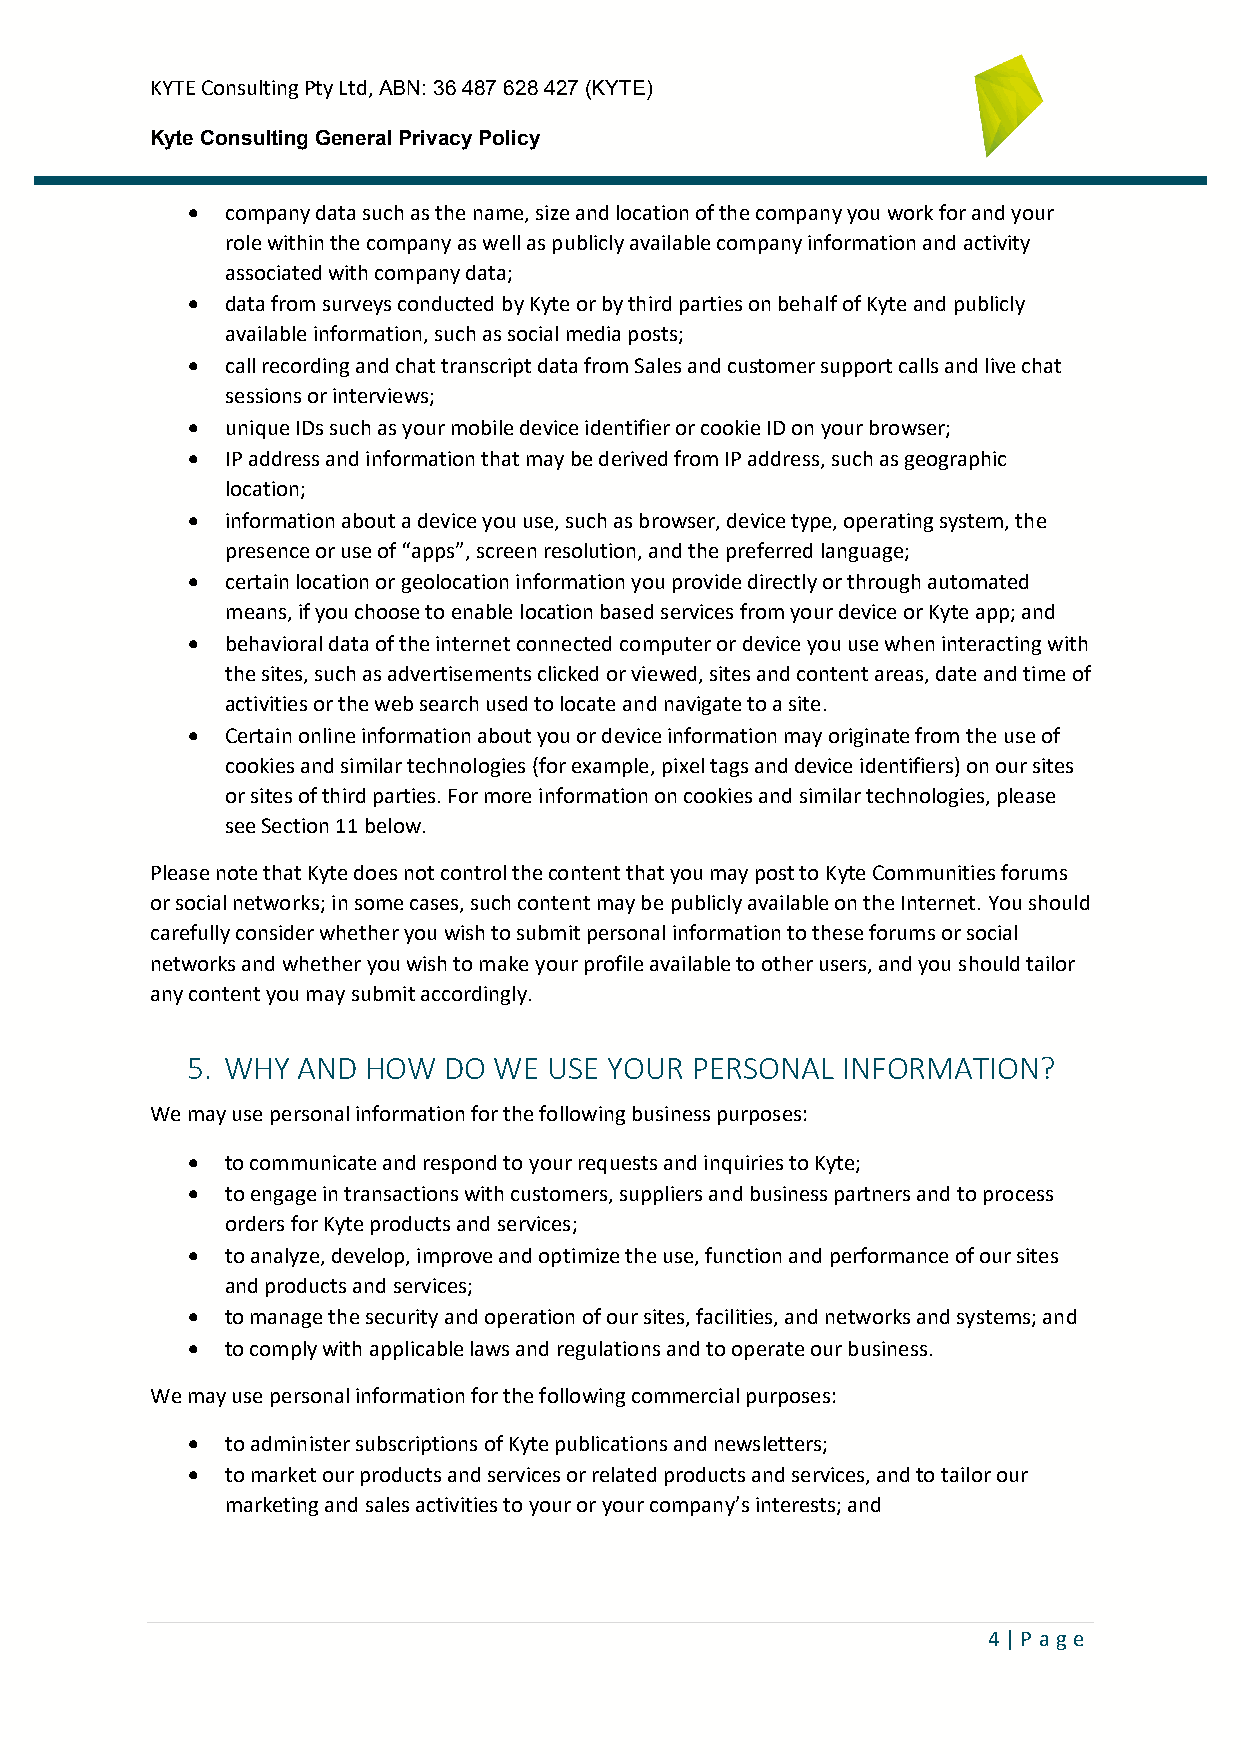
KYTE Consulting Pty Ltd, ABN: 36 487 628 427 (KYTE)
 Kyte Consulting General Privacy Policy
 •  company data such as the name, size and location of the company you work for and your
 role within the company as well as publicly available company information and activity
 associated with company data;
 •  data from surveys conducted by Kyte or by third parties on behalf of Kyte and publicly
 available information, such as social media posts;
 •  call recording and chat transcript data from Sales and customer support calls and live chat
 sessions or interviews;
 •  unique IDs such as your mobile device identifier or cookie ID on your browser;
 •  IP address and information that may be derived from IP address, such as geographic
 location;
 •  information about a device you use, such as browser, device type, operating system, the
 presence or use of “apps”, screen resolution, and the preferred language;
 •  certain location or geolocation information you provide directly or through automated
 means, if you choose to enable location based services from your device or Kyte app; and
 •  behavioral data of the internet connected computer or device you use when interacting with
 the sites, such as advertisements clicked or viewed, sites and content areas, date and time of
 activities or the web search used to locate and navigate to a site.
 •  Certain online information about you or device information may originate from the use of
 cookies and similar technologies (for example, pixel tags and device identifiers) on our sites
 or sites of third parties. For more information on cookies and similar technologies, please
 see Section 11 below.
 Please note that Kyte does not control the content that you may post to Kyte Communities forums
 or social networks; in some cases, such content may be publicly available on the Internet. You should
 carefully consider whether you wish to submit personal information to these forums or social
 networks and whether you wish to make your profile available to other users, and you should tailor
 any content you may submit accordingly.
 5. WHY  AND HOW  DO  WE USE YOUR  PERSONAL  INFORMATION?
 We may use personal information for the following business purposes:
 •  to communicate and respond to your requests and inquiries to Kyte;
 •  to engage in transactions with customers, suppliers and business partners and to process
 orders for Kyte products and services;
 •  to analyze, develop, improve and optimize the use, function and performance of our sites
 and products and services;
 •  to manage the security and operation of our sites, facilities, and networks and systems; and
 •  to comply with applicable laws and regulations and to operate our business.
 We may use personal information for the following commercial purposes:
 •  to administer subscriptions of Kyte publications and newsletters;
 •  to market our products and services or related products and services, and to tailor our
 marketing and sales activities to your or your company’s interests; and
 4 | P ag e